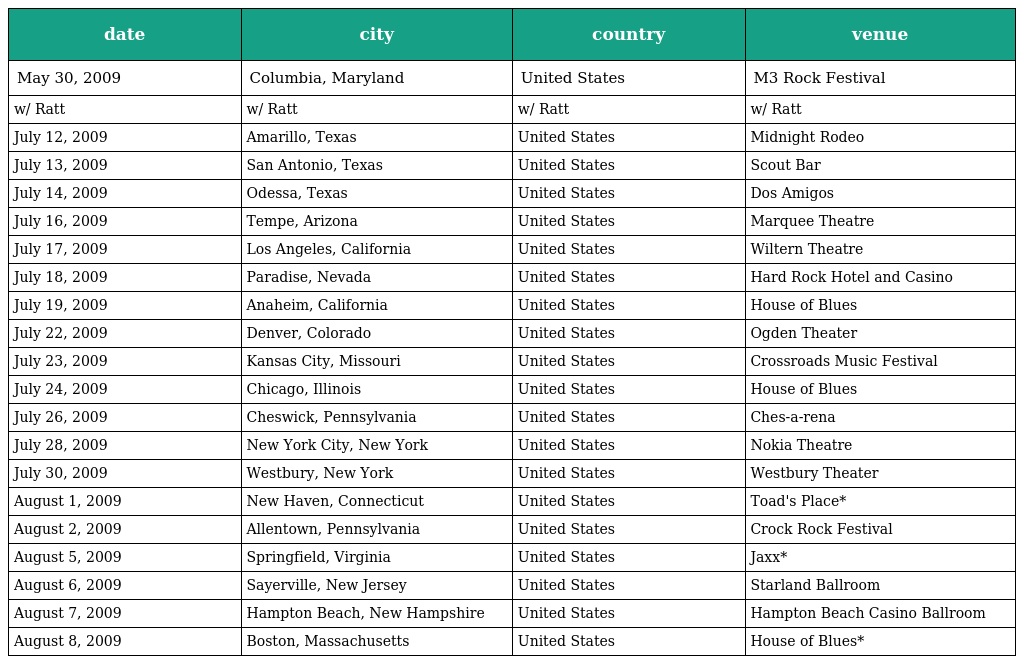
| date | city | country | venue |
 | --- | --- | --- | --- |
 | May 30, 2009 | Columbia, Maryland | United States | M3 Rock Festival |
 | w/ Ratt | w/ Ratt | w/ Ratt | w/ Ratt |
 | July 12, 2009 | Amarillo, Texas | United States | Midnight Rodeo |
 | July 13, 2009 | San Antonio, Texas | United States | Scout Bar |
 | July 14, 2009 | Odessa, Texas | United States | Dos Amigos |
 | July 16, 2009 | Tempe, Arizona | United States | Marquee Theatre |
 | July 17, 2009 | Los Angeles, California | United States | Wiltern Theatre |
 | July 18, 2009 | Paradise, Nevada | United States | Hard Rock Hotel and Casino |
 | July 19, 2009 | Anaheim, California | United States | House of Blues |
 | July 22, 2009 | Denver, Colorado | United States | Ogden Theater |
 | July 23, 2009 | Kansas City, Missouri | United States | Crossroads Music Festival |
 | July 24, 2009 | Chicago, Illinois | United States | House of Blues |
 | July 26, 2009 | Cheswick, Pennsylvania | United States | Ches-a-rena |
 | July 28, 2009 | New York City, New York | United States | Nokia Theatre |
 | July 30, 2009 | Westbury, New York | United States | Westbury Theater |
 | August 1, 2009 | New Haven, Connecticut | United States | Toad's Place* |
 | August 2, 2009 | Allentown, Pennsylvania | United States | Crock Rock Festival |
 | August 5, 2009 | Springfield, Virginia | United States | Jaxx* |
 | August 6, 2009 | Sayerville, New Jersey | United States | Starland Ballroom |
 | August 7, 2009 | Hampton Beach, New Hampshire | United States | Hampton Beach Casino Ballroom |
 | August 8, 2009 | Boston, Massachusetts | United States | House of Blues* |